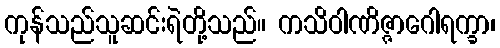
ကုန်သည်သူဆင်းရဲတို့သည်။ ကသိဝါဏိဇ္ဇာဂေါရက္ခာ၊